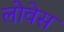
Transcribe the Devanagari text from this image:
लोवेस